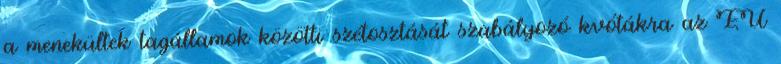
a menekültek tagállamok közötti szétosztását szabályozó kvótákra az EU